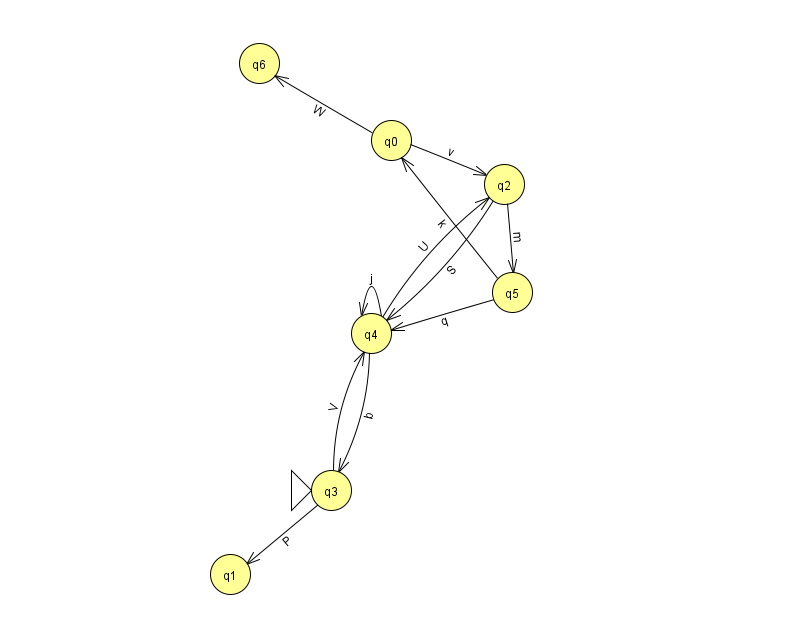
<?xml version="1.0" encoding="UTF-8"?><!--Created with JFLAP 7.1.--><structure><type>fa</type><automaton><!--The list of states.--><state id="0" name="q0"><x>391.0</x><y>127.0</y></state><state id="1" name="q1"><x>230.0</x><y>561.0</y></state><state id="2" name="q2"><x>504.0</x><y>171.0</y></state><state id="3" name="q3"><x>331.0</x><y>477.0</y><initial/></state><state id="4" name="q4"><x>371.0</x><y>320.0</y></state><state id="5" name="q5"><x>512.0</x><y>279.0</y></state><state id="6" name="q6"><x>259.0</x><y>50.0</y></state><!--The list of transitions.--><transition><from>4</from><to>3</to><read>b</read></transition><transition><from>5</from><to>0</to><read>k</read></transition><transition><from>3</from><to>4</to><read>V</read></transition><transition><from>0</from><to>6</to><read>W</read></transition><transition><from>3</from><to>1</to><read>P</read></transition><transition><from>4</from><to>2</to><read>U</read></transition><transition><from>4</from><to>4</to><read>j</read></transition><transition><from>0</from><to>2</to><read>v</read></transition><transition><from>2</from><to>5</to><read>m</read></transition><transition><from>5</from><to>4</to><read>q</read></transition><transition><from>2</from><to>4</to><read>S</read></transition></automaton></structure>